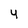
Character: 4